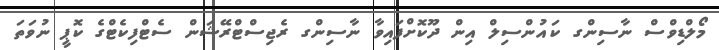
މޯލްޑިވްސް ނާސިންގ ކައުންސިލް އިން ދޫކޮށްފައިވާ ނާސިންގ ރެޖިސްޓްރޭޝަން ސެޓްފިކެޓްގެ ކޮޕީ ނުވަތަ